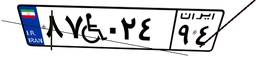
۸۷W۰۲۴۹۴